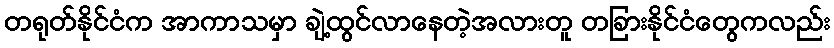
တရုတ်နိုင်ငံက အာကာသမှာ ချဲ့ထွင်လာနေတဲ့အလားတူ တခြားနိုင်ငံတွေကလည်း